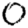
Digit: 0